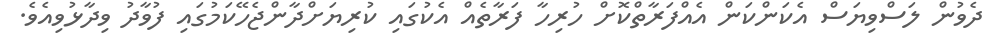
ދެވުން ލަސްވިޔަސް އެކަންކަން އެއްފަރާތްކޮށް ހުރިހާ ފަރާތެއް އެކުގައި ކުރިޔަށްދާންޖެހޭކަމުގައި ފުވާދު ވިދާޅުވިއެވެ.